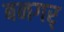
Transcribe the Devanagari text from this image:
बनगर्